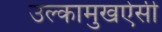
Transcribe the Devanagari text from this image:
उल्कामुखऐसी